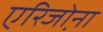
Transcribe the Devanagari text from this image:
एरिजो़ना